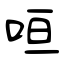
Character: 咺